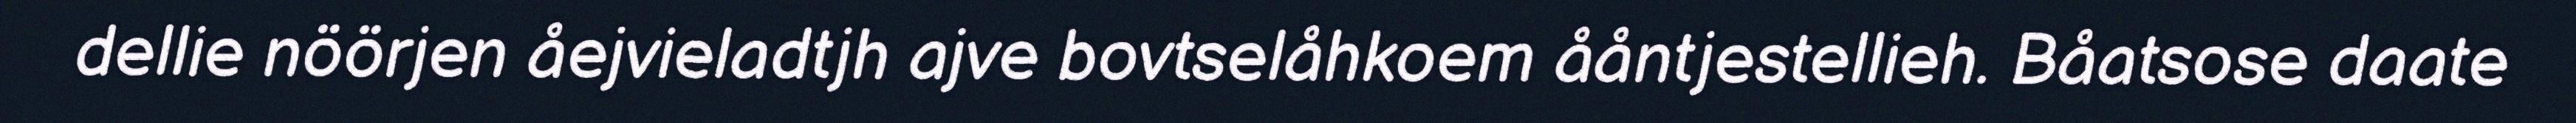
dellie nöörjen åejvieladtjh ajve bovtselåhkoem ååntjestellieh. Båatsose daate